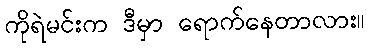
ကိုရဲမင်းက ဒီမှာ ရောက်နေတာလား။